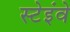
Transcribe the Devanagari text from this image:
स्टेइंवे